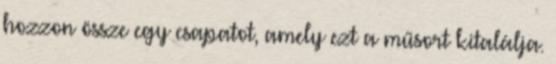
hozzon össze egy csapatot, amely ezt a műsort kitalálja.